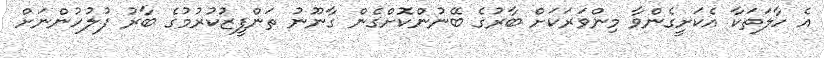
އެ ހާލަތަކާ އެކަށީގެންވާ މިންވަރަކަށް ބާރުގެ ބޭނުންކޮށްގެން ގާނޫނު ތަންފީޒުކުރުމުގެ ބާރު ފުލުހުންނަށް